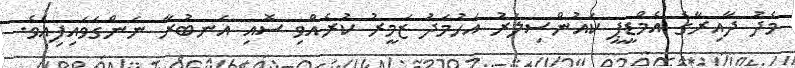
މެދު ދާއިރާގެ އެމްޑީޕީ ކައުންސިލަރު އަހުމަދު ޒަމީރު ކުރެއްވި ސޮއި އަނބުރާ ނަންގަވައިފިއެވެ.